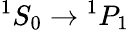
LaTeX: ^1S_{0}\rightarrow{}^{1}P_{1}